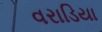
વરાડિયા